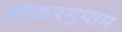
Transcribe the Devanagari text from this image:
शंकरगुप्तम